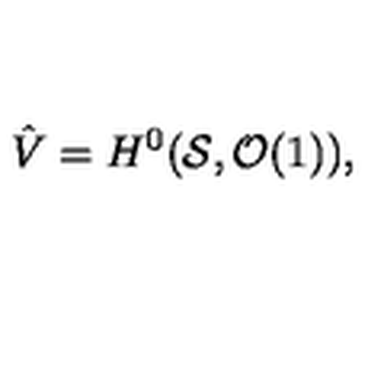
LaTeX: \hat { V } = H ^ { 0 } ( { \cal S } , { \cal O } ( 1 ) ) ,